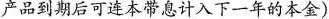
产品到期后可连本带息计入下一年的本金)